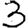
Digit: 3